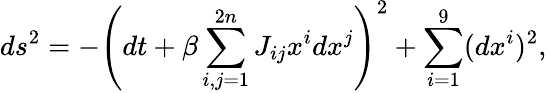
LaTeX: ds^{2}=-\left(dt+\beta\sum_{i,j=1}^{2n}J_{ij}x^{i}dx^{j}\right)^{2}+\sum_{i=1}^{9}(dx^{i})^{2},